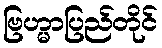
ဗြဟ္မာပြည်တိုင်